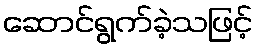
ဆောင်ရွက်ခဲ့သဖြင့်